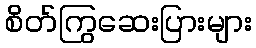
စိတ်ကြွဆေးပြားများ